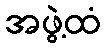
အဖွဲ့ထံ